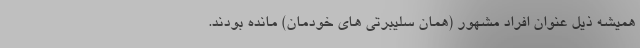
همیشه ذیل عنوان افراد مشهور (همان سلیبرتی های خودمان) مانده بودند.